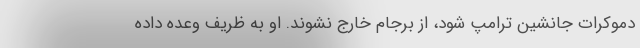
دموكرات جانشین ترامپ شود، از برجام خارج نشوند. او به ظریف وعده داده